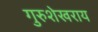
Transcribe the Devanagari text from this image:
गुरुशेखराय